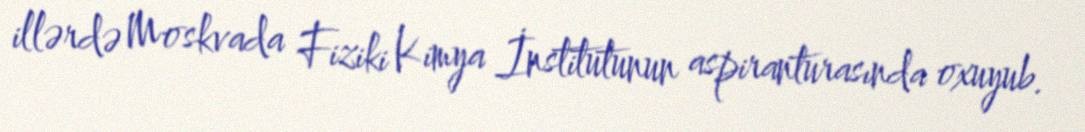
illərdə Moskvada Fiziki Kimya İnstitutunun aspiranturasında oxuyub.